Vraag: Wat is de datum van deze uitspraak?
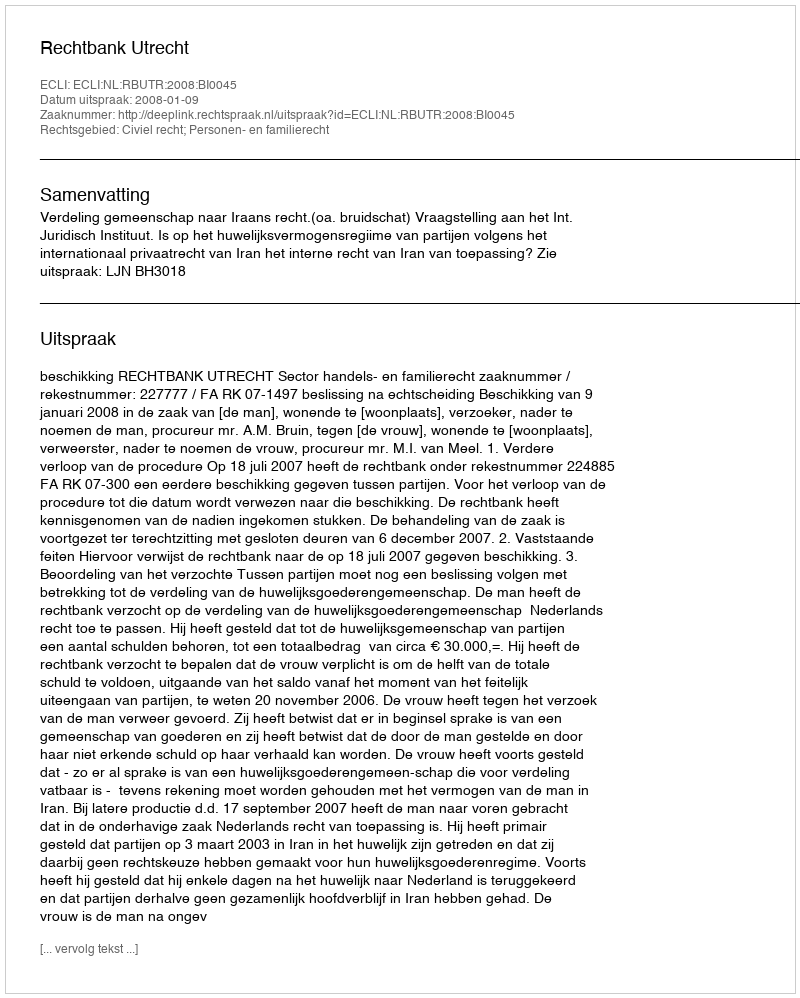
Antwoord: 2008-01-09